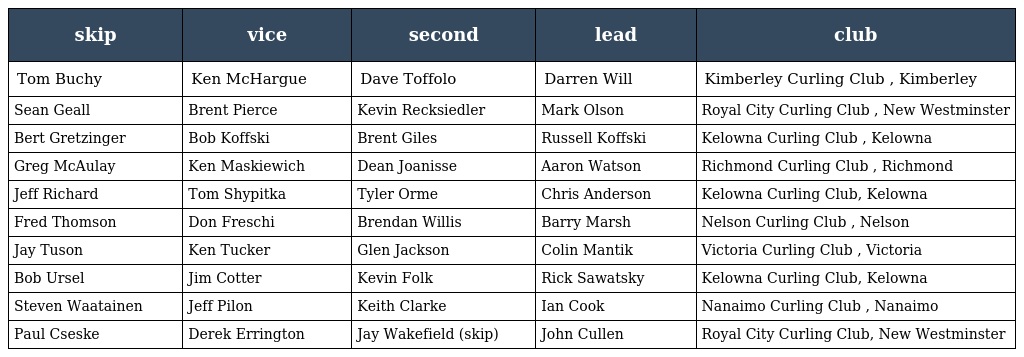
| skip | vice | second | lead | club |
 | --- | --- | --- | --- | --- |
 | Tom Buchy | Ken McHargue | Dave Toffolo | Darren Will | Kimberley Curling Club , Kimberley |
 | Sean Geall | Brent Pierce | Kevin Recksiedler | Mark Olson | Royal City Curling Club , New Westminster |
 | Bert Gretzinger | Bob Koffski | Brent Giles | Russell Koffski | Kelowna Curling Club , Kelowna |
 | Greg McAulay | Ken Maskiewich | Dean Joanisse | Aaron Watson | Richmond Curling Club , Richmond |
 | Jeff Richard | Tom Shypitka | Tyler Orme | Chris Anderson | Kelowna Curling Club, Kelowna |
 | Fred Thomson | Don Freschi | Brendan Willis | Barry Marsh | Nelson Curling Club , Nelson |
 | Jay Tuson | Ken Tucker | Glen Jackson | Colin Mantik | Victoria Curling Club , Victoria |
 | Bob Ursel | Jim Cotter | Kevin Folk | Rick Sawatsky | Kelowna Curling Club, Kelowna |
 | Steven Waatainen | Jeff Pilon | Keith Clarke | Ian Cook | Nanaimo Curling Club , Nanaimo |
 | Paul Cseske | Derek Errington | Jay Wakefield (skip) | John Cullen | Royal City Curling Club, New Westminster |